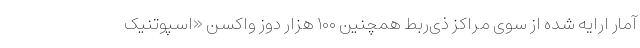
آمار ارایه شده از سوی مراکز ذی‌ربط همچنین ۱۰۰ هزار دوز واکسن «اسپوتنیک